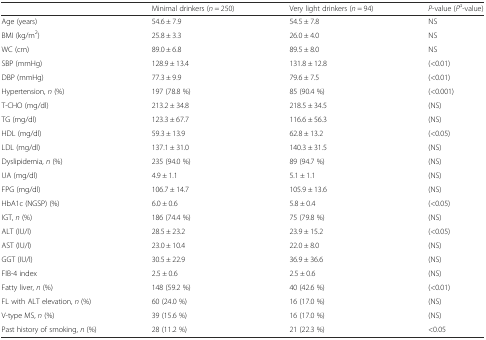
<table><thead><tr><td></td><td><b>Minimal drinkers (<i>n</i> = 250)</b></td><td><b>Very light drinkers (<i>n</i> = 94)</b></td><td><b><i>P</i>-value (<i>P</i><sup><i>a</i></sup>-value)</b></td></tr></thead><tbody><tr><td>Age (years)</td><td>54.6 ± 7.9</td><td>54.5 ± 7.8</td><td>NS</td></tr><tr><td>BMI (kg/m<sup>2</sup>)</td><td>25.8 ± 3.3</td><td>26.0 ± 4.0</td><td>NS</td></tr><tr><td>WC (cm)</td><td>89.0 ± 6.8</td><td>89.5 ± 8.0</td><td>NS</td></tr><tr><td>SBP (mmHg)</td><td>128.9 ± 13.4</td><td>131.8 ± 12.8</td><td>(&lt;0.01)</td></tr><tr><td>DBP (mmHg)</td><td>77.3 ± 9.9</td><td>79.6 ± 7.5</td><td>(&lt;0.01)</td></tr><tr><td>Hypertension, <i>n</i> (%)</td><td>197 (78.8 %)</td><td>85 (90.4 %)</td><td>(&lt;0.001)</td></tr><tr><td>T-CHO (mg/dl)</td><td>213.2 ± 34.8</td><td>218.5 ± 34.5</td><td>(NS)</td></tr><tr><td>TG (mg/dl)</td><td>123.3 ± 67.7</td><td>116.6 ± 56.3</td><td>(NS)</td></tr><tr><td>HDL (mg/dl)</td><td>59.3 ± 13.9</td><td>62.8 ± 13.2</td><td>(&lt;0.05)</td></tr><tr><td>LDL (mg/dl)</td><td>137.1 ± 31.0</td><td>140.3 ± 31.5</td><td>(NS)</td></tr><tr><td>Dyslipidemia, <i>n</i> (%)</td><td>235 (94.0 %)</td><td>89 (94.7 %)</td><td>(NS)</td></tr><tr><td>UA (mg/dl)</td><td>4.9 ± 1.1</td><td>5.1 ± 1.1</td><td>(NS)</td></tr><tr><td>FPG (mg/dl)</td><td>106.7 ± 14.7</td><td>105.9 ± 13.6</td><td>(NS)</td></tr><tr><td>HbA1c (NGSP) (%)</td><td>6.0 ± 0.6</td><td>5.8 ± 0.4</td><td>(&lt;0.05)</td></tr><tr><td>IGT, <i>n</i> (%)</td><td>186 (74.4 %)</td><td>75 (79.8 %)</td><td>(NS)</td></tr><tr><td>ALT (IU/l)</td><td>28.5 ± 23.2</td><td>23.9 ± 15.2</td><td>(&lt;0.05)</td></tr><tr><td>AST (IU/l)</td><td>23.0 ± 10.4</td><td>22.0 ± 8.0</td><td>(NS)</td></tr><tr><td>GGT (IU/l)</td><td>30.5 ± 22.9</td><td>36.9 ± 36.6</td><td>(NS)</td></tr><tr><td>FIB-4 index</td><td>2.5 ± 0.6</td><td>2.5 ± 0.6</td><td>(NS)</td></tr><tr><td>Fatty liver, <i>n</i> (%)</td><td>148 (59.2 %)</td><td>40 (42.6 %)</td><td>(&lt;0.01)</td></tr><tr><td>FL with ALT elevation, <i>n</i> (%)</td><td>60 (24.0 %)</td><td>16 (17.0 %)</td><td>(NS)</td></tr><tr><td>V-type MS, <i>n</i> (%)</td><td>39 (15.6 %)</td><td>16 (17.0 %)</td><td>(NS)</td></tr><tr><td>Past history of smoking, <i>n</i> (%)</td><td>28 (11.2 %)</td><td>21 (22.3 %)</td><td>&lt;0.05</td></tr></tbody></table>